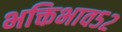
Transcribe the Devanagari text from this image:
भक्तिभाव५२